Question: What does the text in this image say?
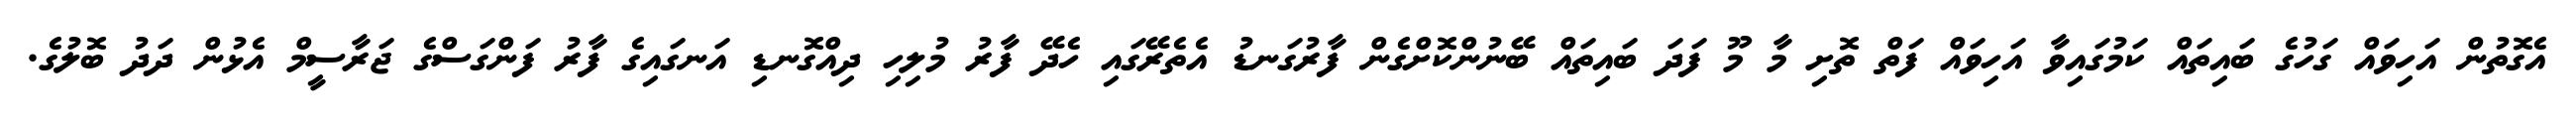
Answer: އެގޮތުން އަހިވައް ގަހުގެ ބައިތައް ކަމުގައިވާ އަހިވައް ފަތް ތޮށި މާ މޫ ފަދަ ބައިތައް ބޭނުންކޮށްގެން ފާރުގަނޑު އެތެރޭގައި ހެދޭ ފާރު މުލިހި ދިއްގޮނޑި އަނގައިގެ ފާރު ފަންގަސްގެ ޖަރާސީމް އެޅުން ދަދު ބޮލުގެ.